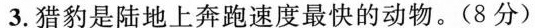
3.猎豹是陆地上奔跑速度最快的动物。(8分)